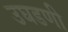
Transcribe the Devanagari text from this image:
उघडणी